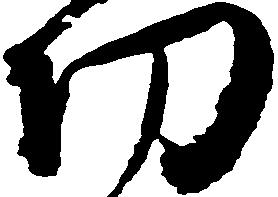
切